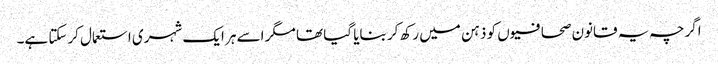
اگرچہ یہ قانون صحافیوں کو ذہن میں رکھ کر بنایا گیا تھا مگر اسے ہر ایک شہری استعمال کرسکتا ہے۔